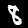
Digit: 8